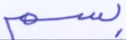
بسم